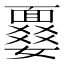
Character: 𩈾